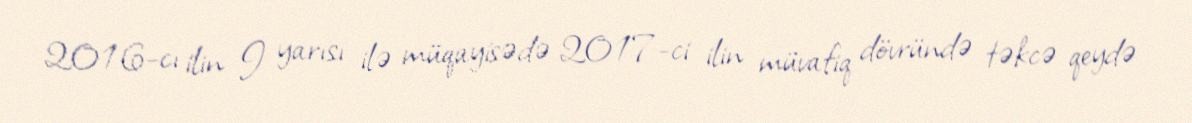
2016-cı ilin I yarısı ilə müqayisədə 2017-ci ilin müvafiq dövründə təkcə qeydə